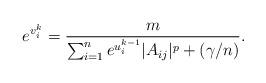
\begin{align*}e^{v_i^{k}} = \frac{m}{\sum_{i = 1}^ne^{u^{k-1}_i}|A_{ij}|^p + (\gamma/n)}.\end{align*}